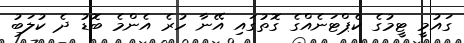
ގައުމީ ޓީމުގެ ކެޕްޓަނެއްގެ ގޮތުގައި އޭނާ ހުރެ އެންމެ ބޮޑު ދެ ކުލަބު